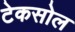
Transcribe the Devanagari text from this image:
टेकसोल